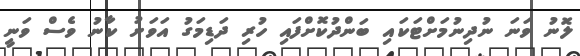
ލޮނު ވަނަ ނުދިނުމަށްޓަކައި ބަންދުކޮށްފައި ހުރި ދަޑިމަގު އަވަށު ކާނު ވެސް ވަނީ